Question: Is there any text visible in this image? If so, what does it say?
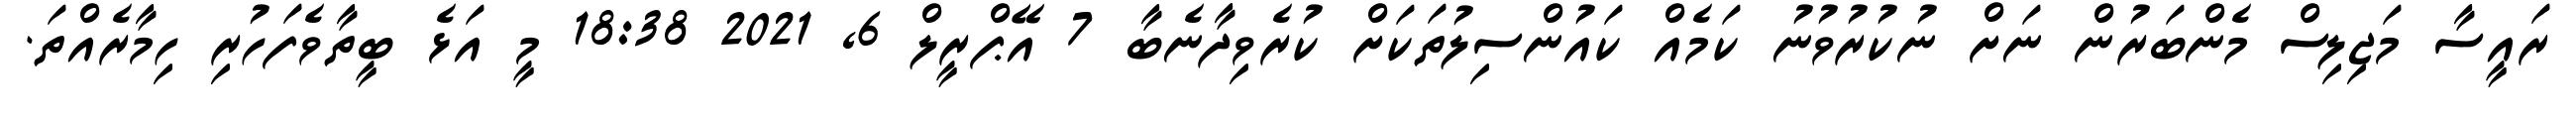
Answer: ރައީސާ މަޖިލިސް މެންބަރުން ނަށް ނުކުރުވުނު ކަމެއް ކައުންސިލުތަކަށް ކުރެވިދާނެބާ 7 އޭޕްރީލް 6, 2021 18:38 މީ އަޅެ ބީތާވެފަހުރި ހިމާރެއްތަ.